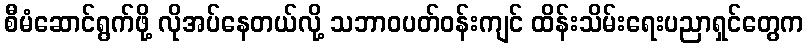
စီမံဆောင်ရွက်ဖို့ လိုအပ်နေတယ်လို့ သဘာဝပတ်ဝန်းကျင် ထိန်းသိမ်းရေးပညာရှင်တွေက